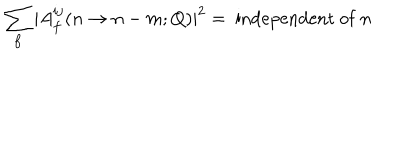
LaTeX: \sum _ { f } | A _ { f } ^ { i j } ( n \to n - m ; Q ) | ^ { 2 } = \mathrm { ~ i n d e p e n d e n t ~ o f ~ } n